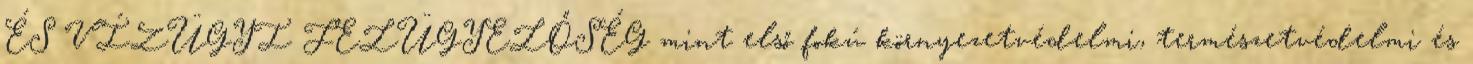
ÉS VÍZÜGYI FELÜGYELŐSÉG mint első fokú környezetvédelmi, természetvédelmi és